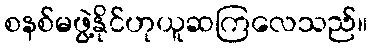
စနစ်မဖွဲ့နိုင်ဟုယူဆကြလေသည်။